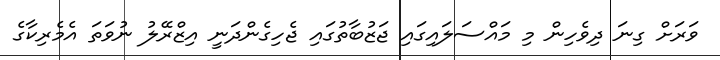
ވަރަށް ގިނަ ދިވެހިން މި މައްސަލައިގައި ޖަޒުބާތުގައި ޖެހިގެންދަނީ އިޒްރޭލު ނުވަތަ އެމެރިކާގެ